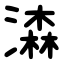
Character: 潹